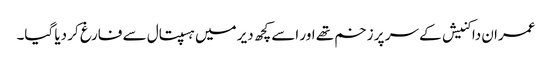
عمران داکنیش کے سر پر زخم تھے اور اسے کچھ دیر میں ہسپتال سے فارغ کر دیا گیا۔